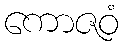
ကောဇဝံ